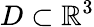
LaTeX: D\subset\mathbb{R}^{3}